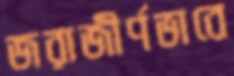
জরাজীর্ণভাবে